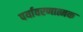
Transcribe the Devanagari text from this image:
पर्यावरणात्मक